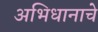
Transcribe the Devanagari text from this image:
अभिधानाचे